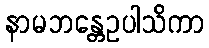
နာမဘန္တေဥပါသိကာ